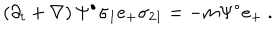
LaTeX: \left( \partial _ { t } + \nabla \right) \Psi ^ { \bullet } \sigma _ { 1 } e _ { + } \sigma _ { 2 1 } = - m \Psi ^ { \bullet } e _ { + } ~ .